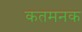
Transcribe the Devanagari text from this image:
कतमनक